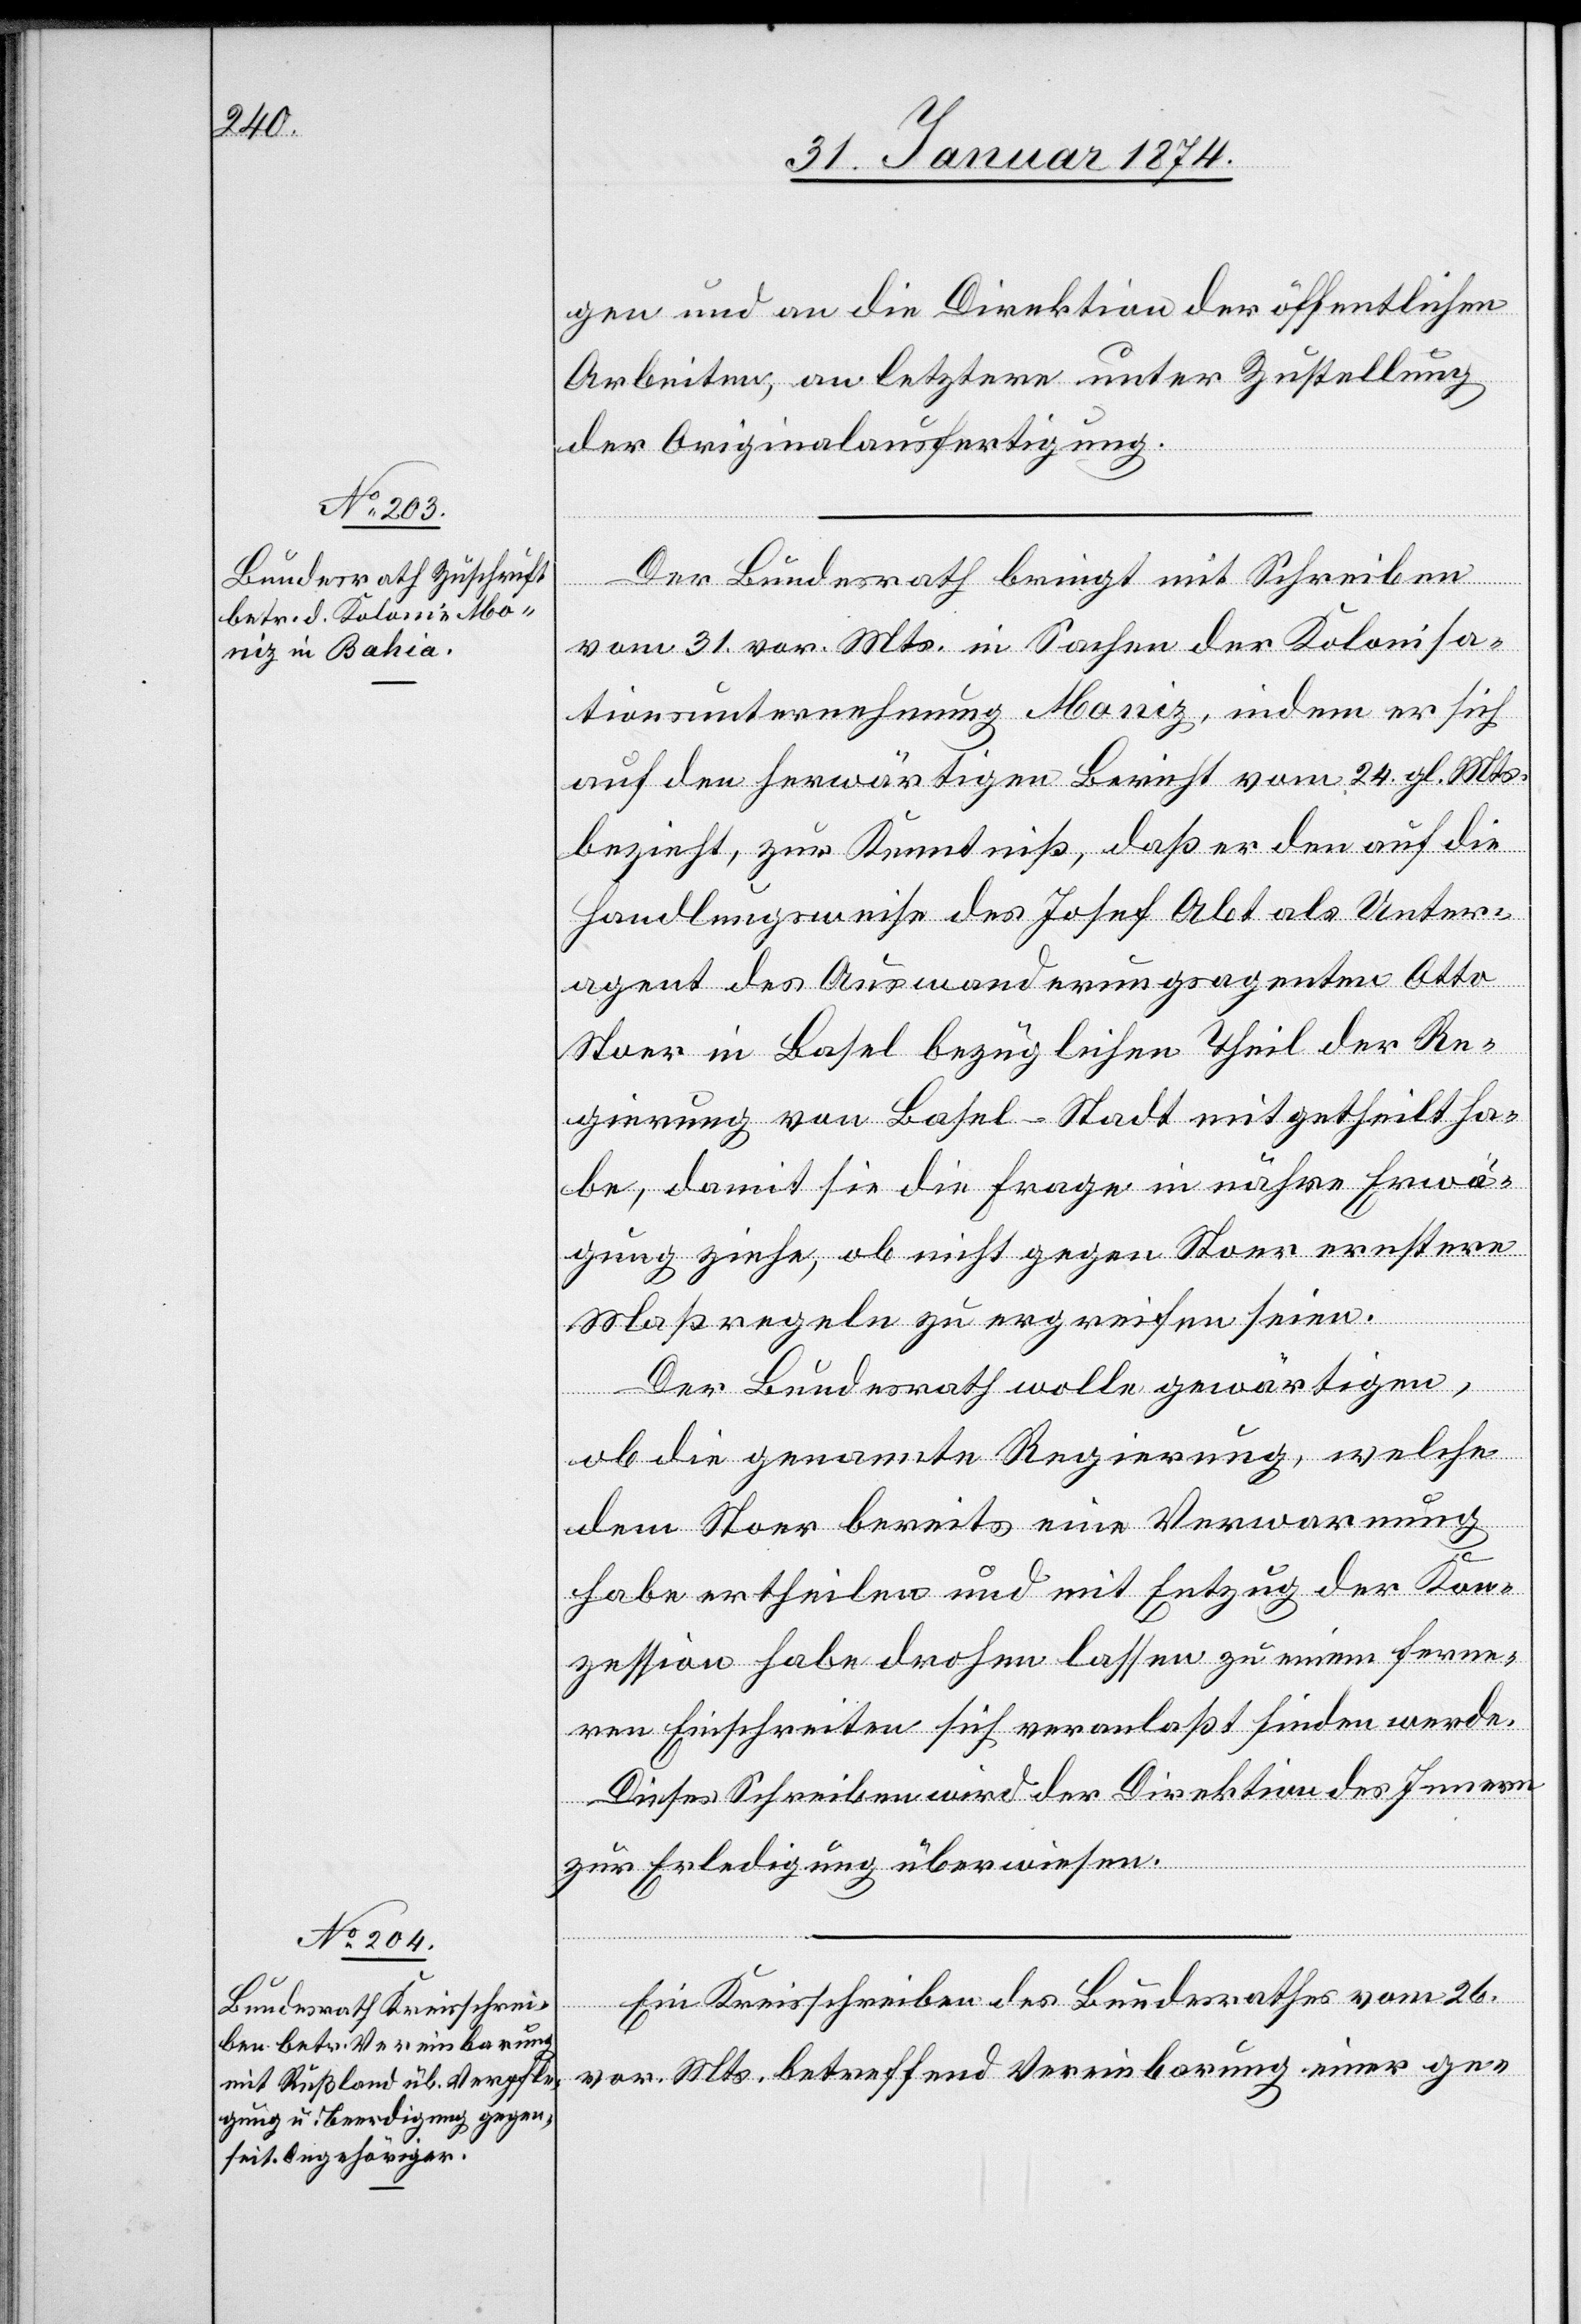
2.

gen und an die Direktion der öffentlichen
Arbeiten, an letztere unter Zustellung
der Originalausfertigung.
Der Bundesrath bringt mit Schreiben
vom 31. vor. Mts. in Sachen der Kolonisa¬
tionsunternehmung Moniz, indem er sich
auf den herwärtigen Bericht vom 24. gl Mts.
bezieht, zur Kenntniß, daß er den auf die
Handlungsweise des Josef Abt als Unter¬
agent des Auswanderungsagenten Otto
Stoer in Basel bezüglichen Theil der Re¬
gierung von Basel-Stadt mitgetheilt ha¬
be, damit sie die Frage in näh[e]re Erwä¬
gung ziehe, ob nicht gegen Stoer ernstere
Maßregeln zu ergreifen seien.
Der Bundesrath wolle gewärtigen,
ob die genannte Regierung, welche
dem Stoer bereits eine Verwarnung
habe ertheilen und mit Entzug der Kon¬
zession habe drohen lassen zu einem ferne¬
ren Einschreiten sich veranlaßt finden werde.
Dieses Schreiben wird der Direktion des Innern
Februar
zur Erledigung überwiesen.
Ein Kreisschreiben des Bundesrathes vom 26.
vor. Mts. betreffend Vereinbarung einer ge-